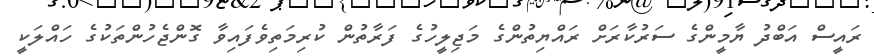
ރައީސް އަބްދު ޔާމީންގެ ސަރުކާރަށް ރައްޔިތުންގެ މަޖިލީހުގެ ފަރާތުން ކުރިމަތިވެފައިވާ ގޮންޖެހުންތަކުގެ ހައްލަކީ